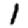
Digit: 1